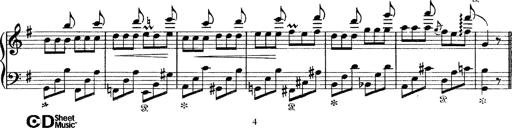
Title: Tarantelle di bravura dâ€™aprÃ¨s la tarantelle de La muette de Portici
Composer: Franz Liszt